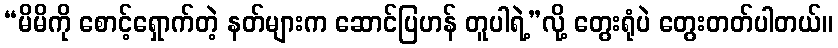
“မိမိကို စောင့်ရှောက်တဲ့ နတ်များက ဆောင်ပြဟန် တူပါရဲ့”လို့ တွေးရုံပဲ တွေးတတ်ပါတယ်။